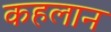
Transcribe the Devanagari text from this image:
कहलान